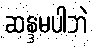
ဆန္ဒမပါဘဲ